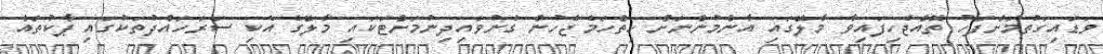
ވަޑައިގަތުމަށްފަހު ތޮއްޖެހިފައިވާ މާލޭގައި އާންމުންނަށް ހިތްހަމެޖެހުން ގެނުވައިދިނުމަށްޓަކައި މާލޭގެ އެކި ސަރަހައްދުތަކުގައި ޕާކުތައް